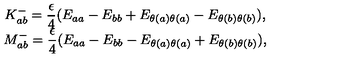
\begin{array} { c } { { \displaystyle K _ { a b } ^ { - } = \frac { \epsilon } { 4 } ( E _ { a a } - E _ { b b } + E _ { \theta ( a ) \theta ( a ) } - E _ { \theta ( b ) \theta ( b ) } ) , } } \\ { { \displaystyle M _ { a b } ^ { - } = \frac { \epsilon } { 4 } ( E _ { a a } - E _ { b b } - E _ { \theta ( a ) \theta ( a ) } + E _ { \theta ( b ) \theta ( b ) } ) , } } \\ \end{array}